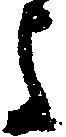
よ